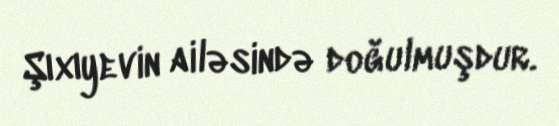
Şıxıyevin ailəsində doğulmuşdur.